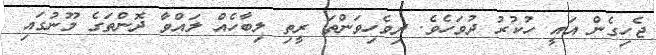
ޖެހިގެން އައީ ހުކުރު ދުވަހެވެ. ދިވެހިވަންތަ ރީތި ލިބާހެއް ލައްވާ ދޮންތަގެ މޫނުގައި